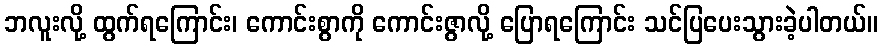
ဘလူးလို့ ထွက်ရကြောင်း၊ ကောင်းစွာကို ကောင်းဇွာလို့ ပြောရကြောင်း သင်ပြပေးသွားခဲ့ပါတယ်။